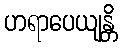
ဟရာပေယျန္တိ